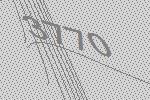
3770